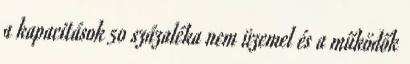
a kapacitások 50 százaléka nem üzemel és a működők